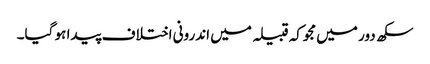
سکھ دور میں مجوکہ قبیلہ میں اندرونی اختلاف پیدا ہو گیا۔